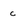
Character: c